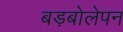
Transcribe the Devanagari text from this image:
बड़बोलेपन